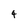
Character: 4